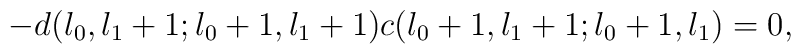
-d(l_{0},l_{1}+1;l_{0}+1,l_{1}+1)c(l_{0}+1,l_{1}+1;l_{0}+1,l_{1})=0,